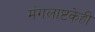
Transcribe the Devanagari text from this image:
मंगलाष्टकेही